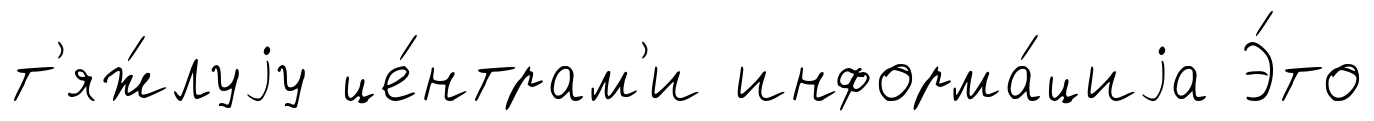
т'яж́луjу це́нтрам'и информа́циjа Э́то